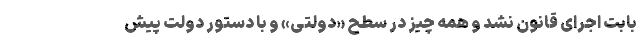
بابت اجرای قانون نشد و همه چیز در سطحِ «دولتی» و با دستور دولت پیش